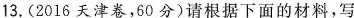
13. (2016天津卷，60分)请根据下面的材料，写